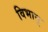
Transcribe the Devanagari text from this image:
विभानू